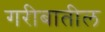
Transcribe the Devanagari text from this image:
गरीबातील